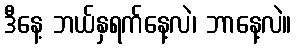
ဒီနေ့ ဘယ်နှရက်နေ့လဲ၊ ဘာနေ့လဲ။